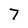
Character: 7